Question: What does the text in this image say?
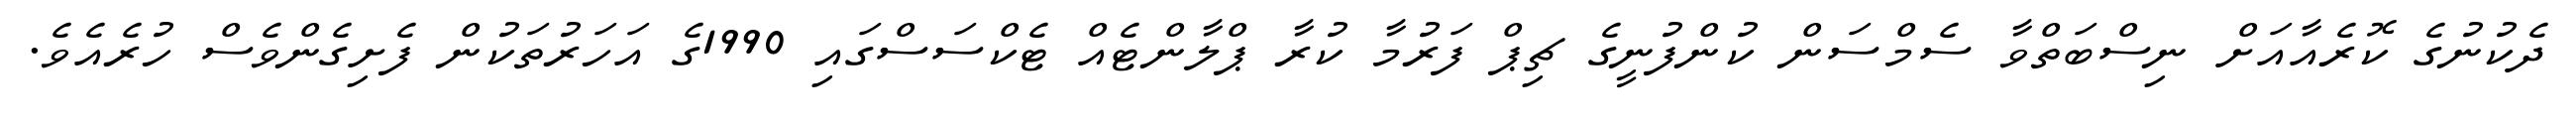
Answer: ދެކުނުގެ ކޮރެއާއަށް ނިސްބަތްވާ ސެމްސަން ކުންފުނީގެ ޗިޕް ފަރުމާ ކުރާ ޕްލާންޓެއް ޓެކްސަސްގައި 1990ގެ އަހަރުތަކުން ފެށިގެންވެސް ހުރެއެވެ.